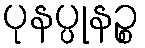
ပုနပ္ပုနဉ္စ